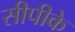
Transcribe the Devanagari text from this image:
सीपीके